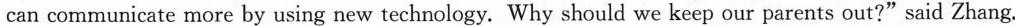
()4.What does the underlined word”link”in Paragraph4mean in Chinese?